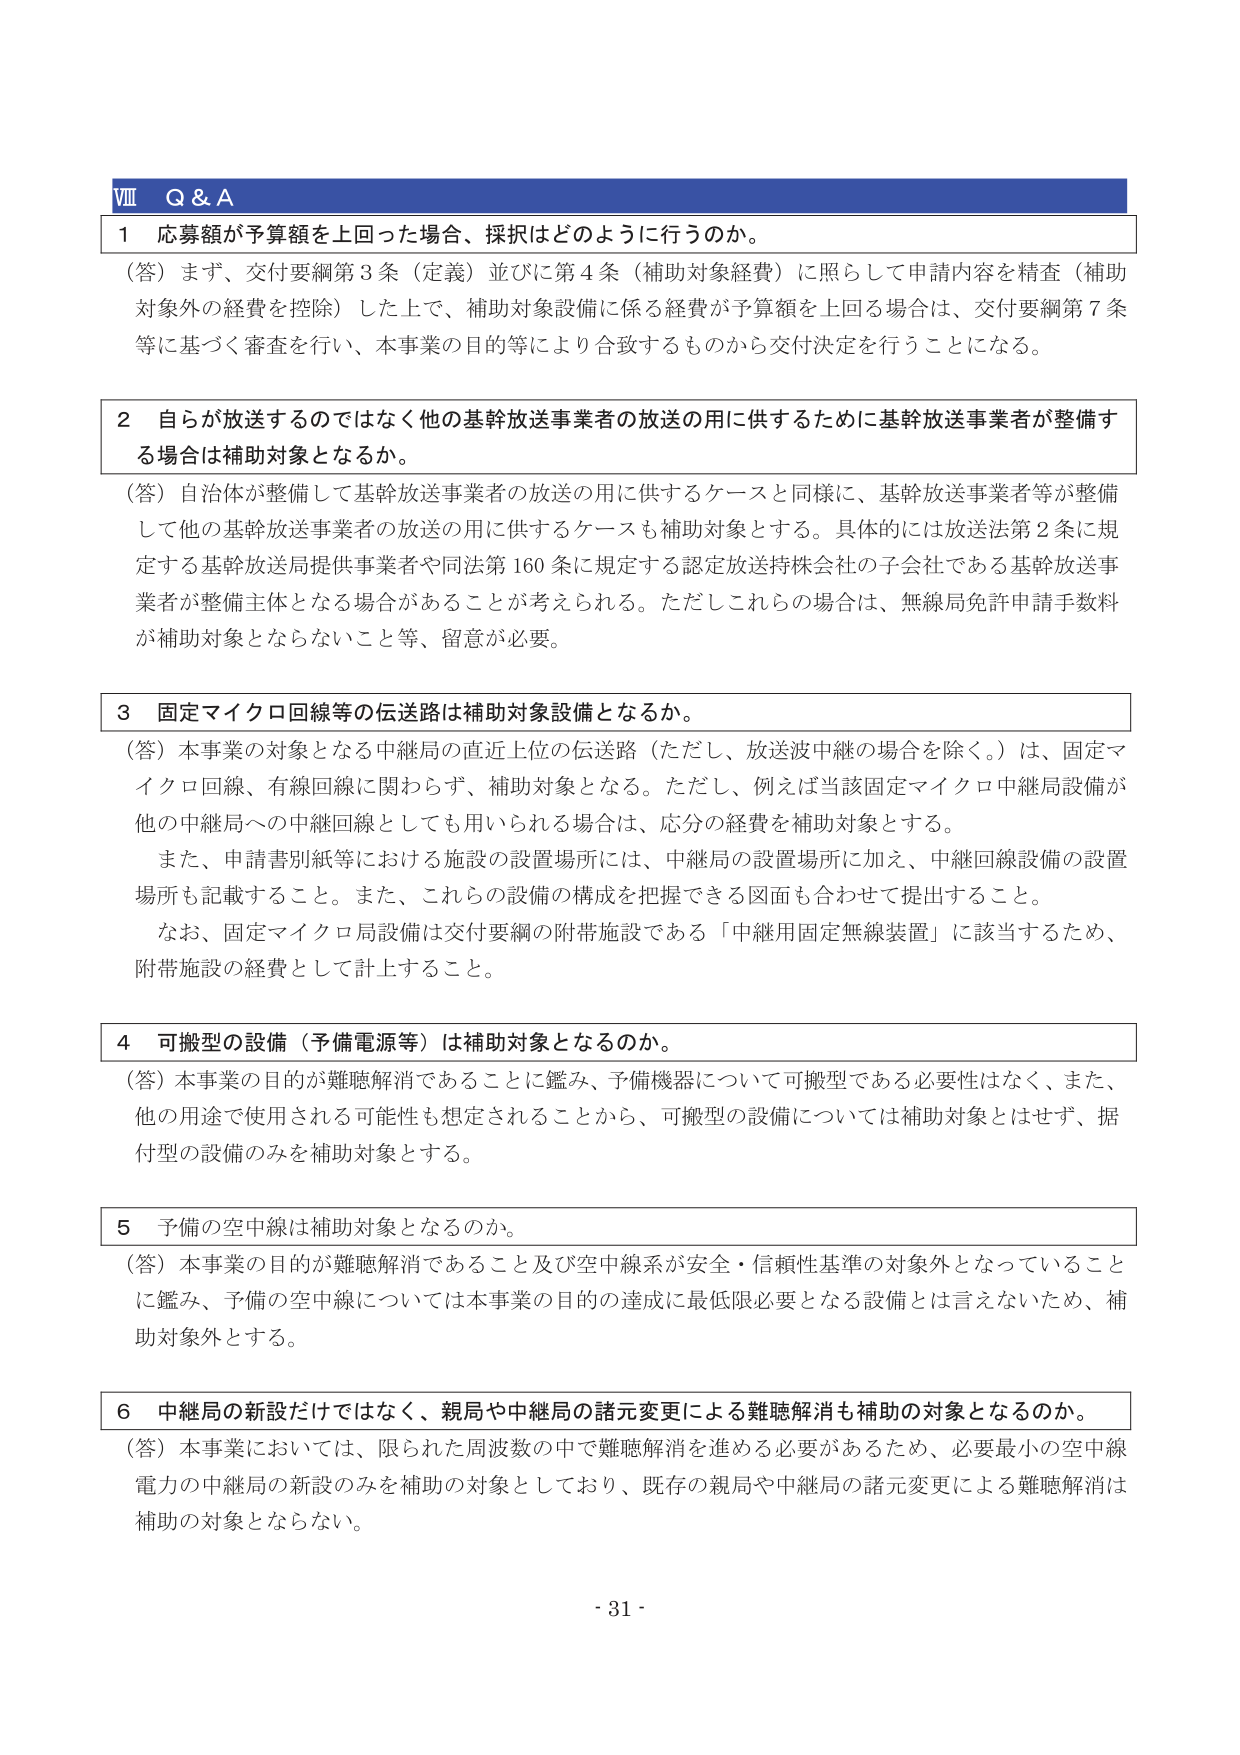
Ⅷ Q & A

1 応募額が予算額を上回った場合、採択はどのように行うのか。
（答）まず、交付要綱第3条（定義）並びに第4条（補助対象経費）に照らして申請内容を精査（補助対象外の経費を控除）した上で、補助対象設備に係る経費が予算額を上回る場合は、交付要綱第7条等に基づく審査を行い、本事業の目的等により合致するものから交付決定を行うことになる。

2 自らが放送するのではなく他の基幹放送事業者の放送の用に供するために基幹放送事業者が整備する場合は補助対象となるか。
（答）自治体が整備して基幹放送事業者の放送の用に供するケースと同様に、基幹放送事業者等が整備して他の基幹放送事業者の放送の用に供するケースも補助対象とする。具体的には放送法第2条に規定する基幹放送局提供事業者や同法第160条に規定する認定放送持株会社の子会社である基幹放送事業者が整備主体となる場合があることが考えられる。ただしこれらの場合は、無線局免許申請手数料が補助対象とならないこと等、留意が必要。

3 固定マイクロ回線等の伝送路は補助対象設備となるか。
（答）本事業の対象となる中継局の直近上位の伝送路（ただし、放送波中継の場合を除く。）は、固定マイクロ回線、有線回線に関わらず、補助対象となる。ただし、例えば当該固定マイクロ中継局設備が他の中継局への中継回線としても用いられる場合は、応分の経費を補助対象とする。
また、申請書別紙等における施設の設置場所には、中継局の設置場所に加え、中継回線設備の設置場所も記載すること。また、これらの設備の構成を把握できる図面も合わせて提出すること。
なお、固定マイクロ局設備は交付要綱の附帯施設である「中継用固定無線装置」に該当するため、附帯施設の経費として計上すること。

4 可搬型の設備（予備電源等）は補助対象となるのか。
（答）本事業の目的が難聴解消であること鉴于、予備機器について可搬型である必要性はなく、また、他の用途で使用される可能性も想定されることから、可搬型の設備については補助対象とはせず、据付型の設備のみを補助対象とする。

5 予備の空中線は補助対象となるのか。
（答）本事業の目的が難聴解消であること及び空中線系が安全・信頼性基準の対象外となっていることに鑑み、予備の空中線については本事業の目的の達成に最低限必要となる設備とは言えないため、補助対象外とする。

6 中継局の新設だけではなく、親局や中継局の諸元変更による難聴解消も補助の対象となるのか。
（答）本事業においては、限られた周波数の中で難聴解消を進める必要があるため、必要最小の空中線電力の中継局の新設のみを補助の対象としており、既存の親局や中継局の諸元変更による難聴解消は補助の対象とならない。

- 31 -